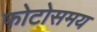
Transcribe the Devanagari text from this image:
फोटोसमय